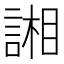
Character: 𮘢